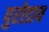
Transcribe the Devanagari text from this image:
पुरोडाष